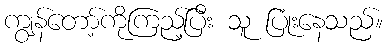
ကျွန်တော့်ကိုကြည့်ပြီး သူ ပြုံးနေသည်။